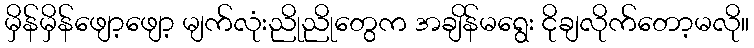
မှိန်မှိန်ဖျော့ဖျော့ မျက်လုံးညိုညိုတွေက အချိန်မရွေး ငိုချလိုက်တော့မလို။